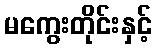
မကွေးတိုင်းနှင့်